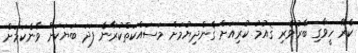
ކެރޭ ހީވާގި ބާރުވެރި ޤައުމު ކުރިއަށް ގެންދިޔުމަށް މަސައްކަތްކުރާނެ ފަދަ ބަޔަކަށް ވާނެކަމަށް